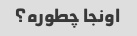
اونجا چطوره؟